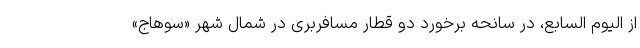
از الیوم السابع، در سانحه برخورد دو قطار مسافربری در شمال شهر «سوهاج»